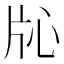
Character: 𬌓